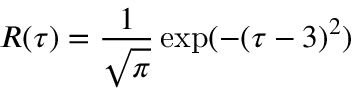
R ( \tau ) = \frac { 1 } { \sqrt { \pi } } \exp ( - ( \tau - 3 ) ^ { 2 } )